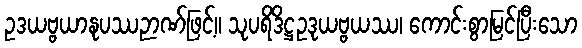
ဥဒယဗ္ဗယာနုပဿဉာဏ်ဖြင့်။ သုပရိဒိဋ္ဌဥဒုယဗ္ဗယဿ၊ ကောင်းစွာမြင်ပြီးသော